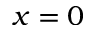
x = 0